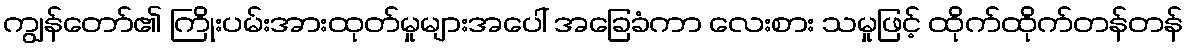
ကျွန်တော်၏ ကြိုးပမ်းအားထုတ်မှုများအပေါ် အခြေခံကာ လေးစား သမှုဖြင့် ထိုက်ထိုက်တန်တန်